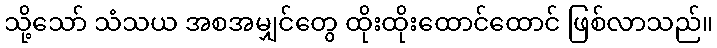
သို့သော် သံသယ အစအမျှင်တွေ ထိုးထိုးထောင်ထောင် ဖြစ်လာသည်။